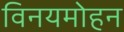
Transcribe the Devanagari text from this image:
विनयमोहन